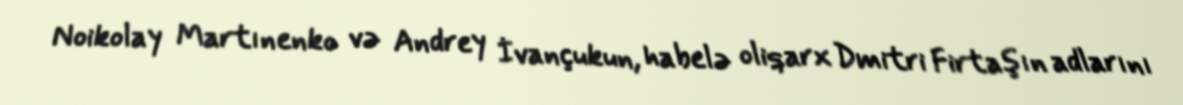
Noikolay Martınenko və Andrey İvançukun, habelə oliqarx Dmitri Firtaşın adlarını